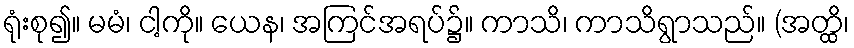
ရုံးစု၍။ မမံ၊ ငါ့ကို။ ယေန၊ အကြင်အရပ်၌။ ကာသိ၊ ကာသိရွာသည်။ (အတ္ထိ၊